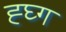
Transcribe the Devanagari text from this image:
ह्घ्ग